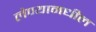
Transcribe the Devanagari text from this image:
लेण्यामधील